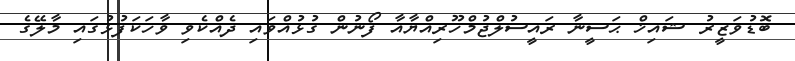
ބޮޑުވަޒީރު ޝައިޚް ޙަސީނާ ރައީސުލްޖުމްހޫރިއްޔާއާ ފޯނުން ގުޅުއްވައި ދެއްކެވި ވާހަކަފުޅުގައި މާލޭގެ